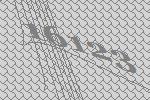
16123